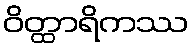
ဝိတ္ထာရိကဿ